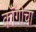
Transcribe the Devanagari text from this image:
कॉँगोचा